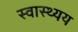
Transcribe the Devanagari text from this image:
स्वास्थ्यय